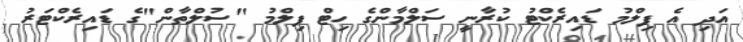
އަދި އެ ފިލްމު ޑައިރެކްޓު ކުރާނީ ސަލްމާންގެ ހިޓް ފިލްމު "ސުލްތާން"ގެ ޑައިރެކްޓަރު